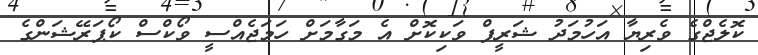
ކޮލެޖްގެ ވެރިޔާ އަހުމަދު ޝަރީފް ވަކިކޮށް އެ މަގާމަށް ހަމަޖެއްސީ ވޯކްސް ކޯޕަރޭޝަންގެ